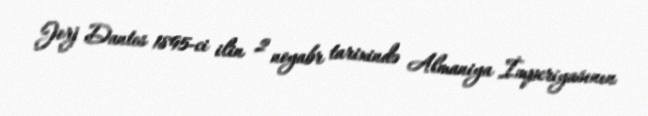
Jorj Dantes 1895-ci ilin 2 noyabr tarixində Almaniya İmperiyasının